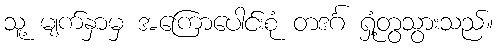
သူ့ မျက်နှာမှ အကြောပေါင်းစုံ တဒင်္ဂ ရှုံ့တွသွားသည်။